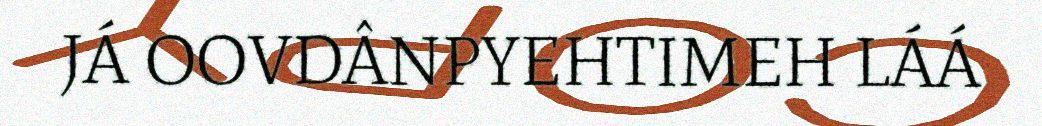
JÁ OOVDÂNPYEHTIMEH LÁÁ